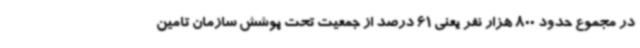
در مجموع حدود 800 هزار نفر یعنی 61 درصد از جمعیت تحت پوشش سازمان تامین